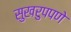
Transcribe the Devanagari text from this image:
सुखरुपपणे